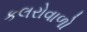
કલરોવાળો